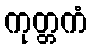
ကုတ္တကံ